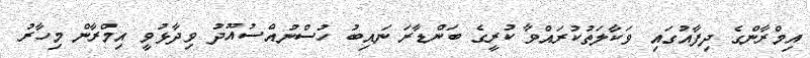
އިމްރާންގެ ދިފާއުގައި ވަކާލަތުކުރައްވާ ކުރީގެ ބަންޑާރަ ނައިބު ހުސްނުއްސުއޫދު ވިދާޅުވީ އިމްރާން މިހާރު